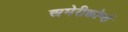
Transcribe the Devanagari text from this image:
अमेरीकॉर्प्स